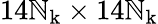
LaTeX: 14\mathbb{N}_{\mathrm{{k}}}\times14\mathbb{N}_{\mathrm{{k}}}